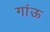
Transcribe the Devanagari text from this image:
गांऊ